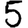
Digit: 5